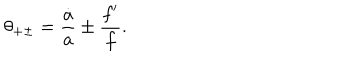
LaTeX: \theta _ { + \pm } = { \frac { \dot { a } } { a } } \pm { \frac { f ^ { \prime } } { f } } .